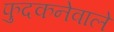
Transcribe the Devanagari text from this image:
फुदकनेवाले